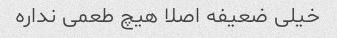
خیلی ضعیفه اصلا هیچ طعمی نداره